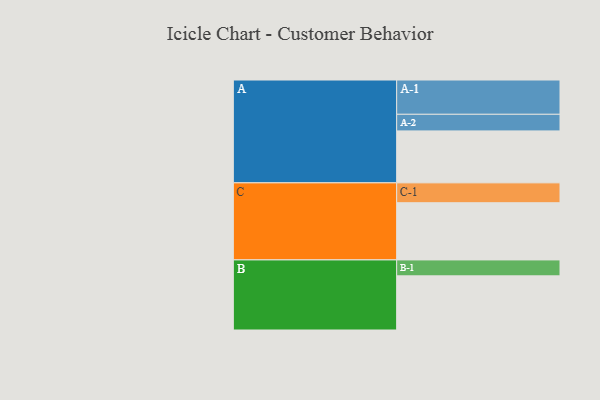
{"axis": {"x": "Segment", "y": "Value"}, "legend": ["", "A", "B", "C"], "data": [{"x": "A", "y": 447, "type": ""}, {"x": "B", "y": 466, "type": ""}, {"x": "C", "y": 492, "type": ""}, {"x": "A-1", "y": 295, "type": "A"}, {"x": "A-2", "y": 143, "type": "A"}, {"x": "B-1", "y": 137, "type": "B"}, {"x": "C-1", "y": 171, "type": "C"}]}